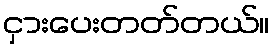
ငှားပေးတတ်တယ်။